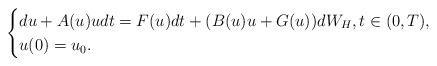
LaTeX: \begin{align*}\begin{cases}du + A(u) u dt = F(u)dt + (B(u) u+G(u)) dW_{H}, t\in (0,T), \\u(0)=u_0.\end{cases}\end{align*}